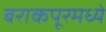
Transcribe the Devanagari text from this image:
बराकपूरमध्ये